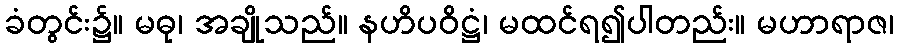
ခံတွင်း၌။ မဓု၊ အချိုသည်။ နဟိပဝိဋ္ဌံ၊ မထင်ရ၍ပါတည်း။ မဟာရာဇ၊